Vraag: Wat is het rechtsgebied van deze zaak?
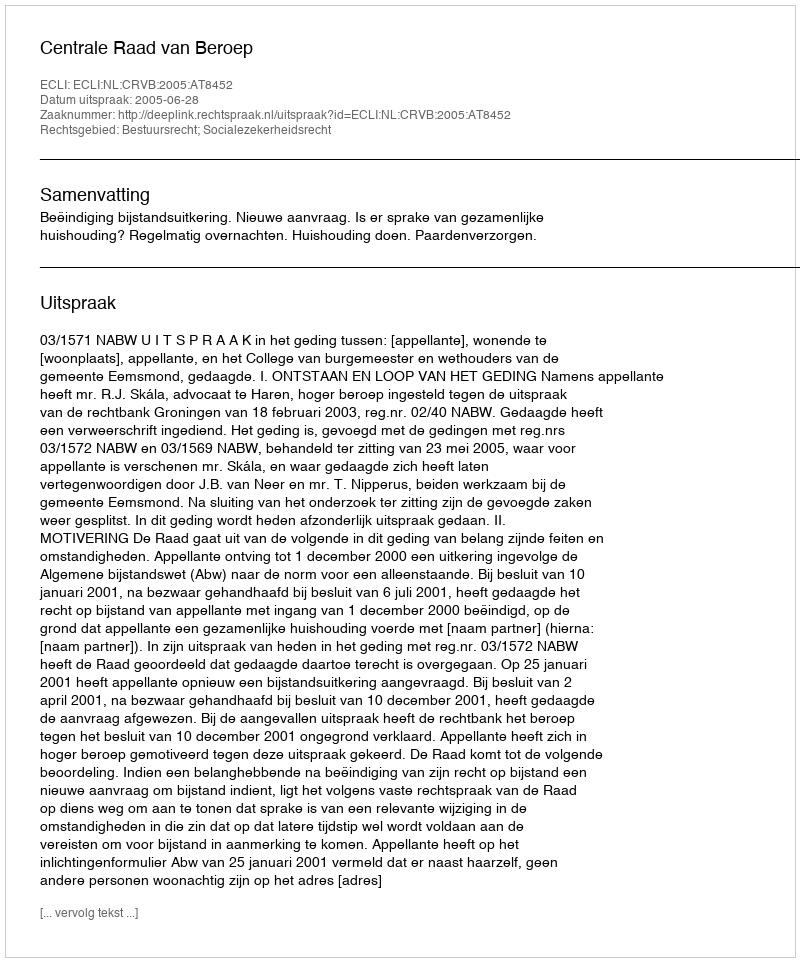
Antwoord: Bestuursrecht; Socialezekerheidsrecht